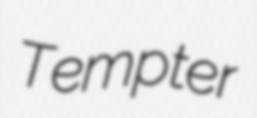
Tempter